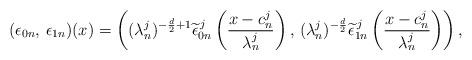
LaTeX: \begin{align*}(\epsilon_{0n},\,\epsilon_{1n})(x)=\left((\lambda^j_n)^{-\frac{d}{2}+1}\widetilde{\epsilon}^{\,j}_{0n}\left(\frac{x-c^j_n}{\lambda^j_n}\right),\,(\lambda^j_n)^{-\frac{d}{2}}\widetilde{\epsilon}^{\,j}_{1n}\left(\frac{x-c^j_n}{\lambda^j_n}\right)\right),\end{align*}